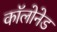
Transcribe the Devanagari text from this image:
कॉलोनेड